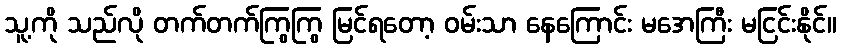
သူ့ကို သည်လို တက်တက်ကြွကြွ မြင်ရတော့ ဝမ်းသာ နေကြောင်း မအေကြီး မငြင်းနိုင်။